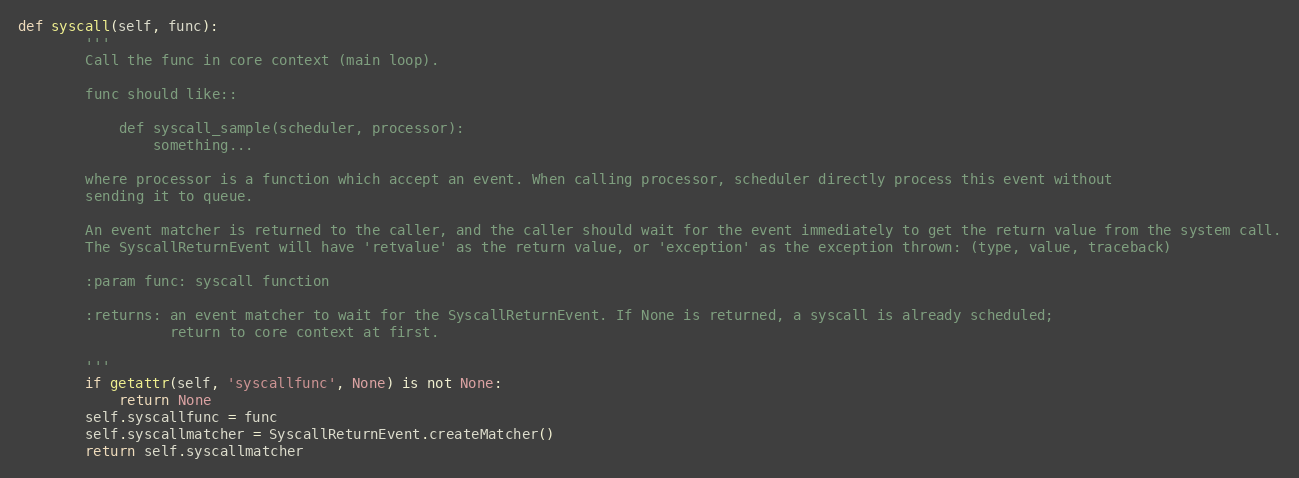
Language: Python
def syscall(self, func):
        '''
        Call the func in core context (main loop).

        func should like::

            def syscall_sample(scheduler, processor):
                something...

        where processor is a function which accept an event. When calling processor, scheduler directly process this event without
        sending it to queue.

        An event matcher is returned to the caller, and the caller should wait for the event immediately to get the return value from the system call.
        The SyscallReturnEvent will have 'retvalue' as the return value, or 'exception' as the exception thrown: (type, value, traceback)

        :param func: syscall function

        :returns: an event matcher to wait for the SyscallReturnEvent. If None is returned, a syscall is already scheduled;
                  return to core context at first.

        '''
        if getattr(self, 'syscallfunc', None) is not None:
            return None
        self.syscallfunc = func
        self.syscallmatcher = SyscallReturnEvent.createMatcher()
        return self.syscallmatcher